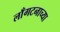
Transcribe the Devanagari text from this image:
लाँगटनाच्या